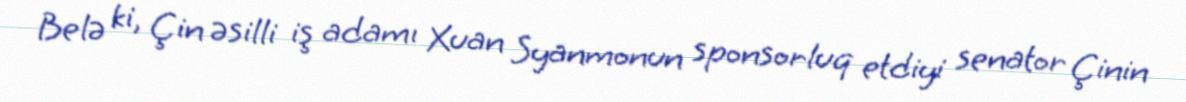
Belə ki, Çin əsilli iş adamı Xuan Syanmonun sponsorluq etdiyi senator Çinin